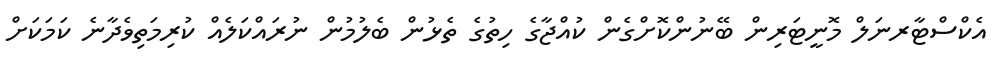
އެކްސްޓާރނަލް މޮނީޓަރިން ބޭނުންކޮށްގެން ކުއްޖާގެ ހިތުގެ ތެޅުން ބެލުމުން ނުރައްކަލެއް ކުރިމަތިވެދާނެ ކަމަކަށް